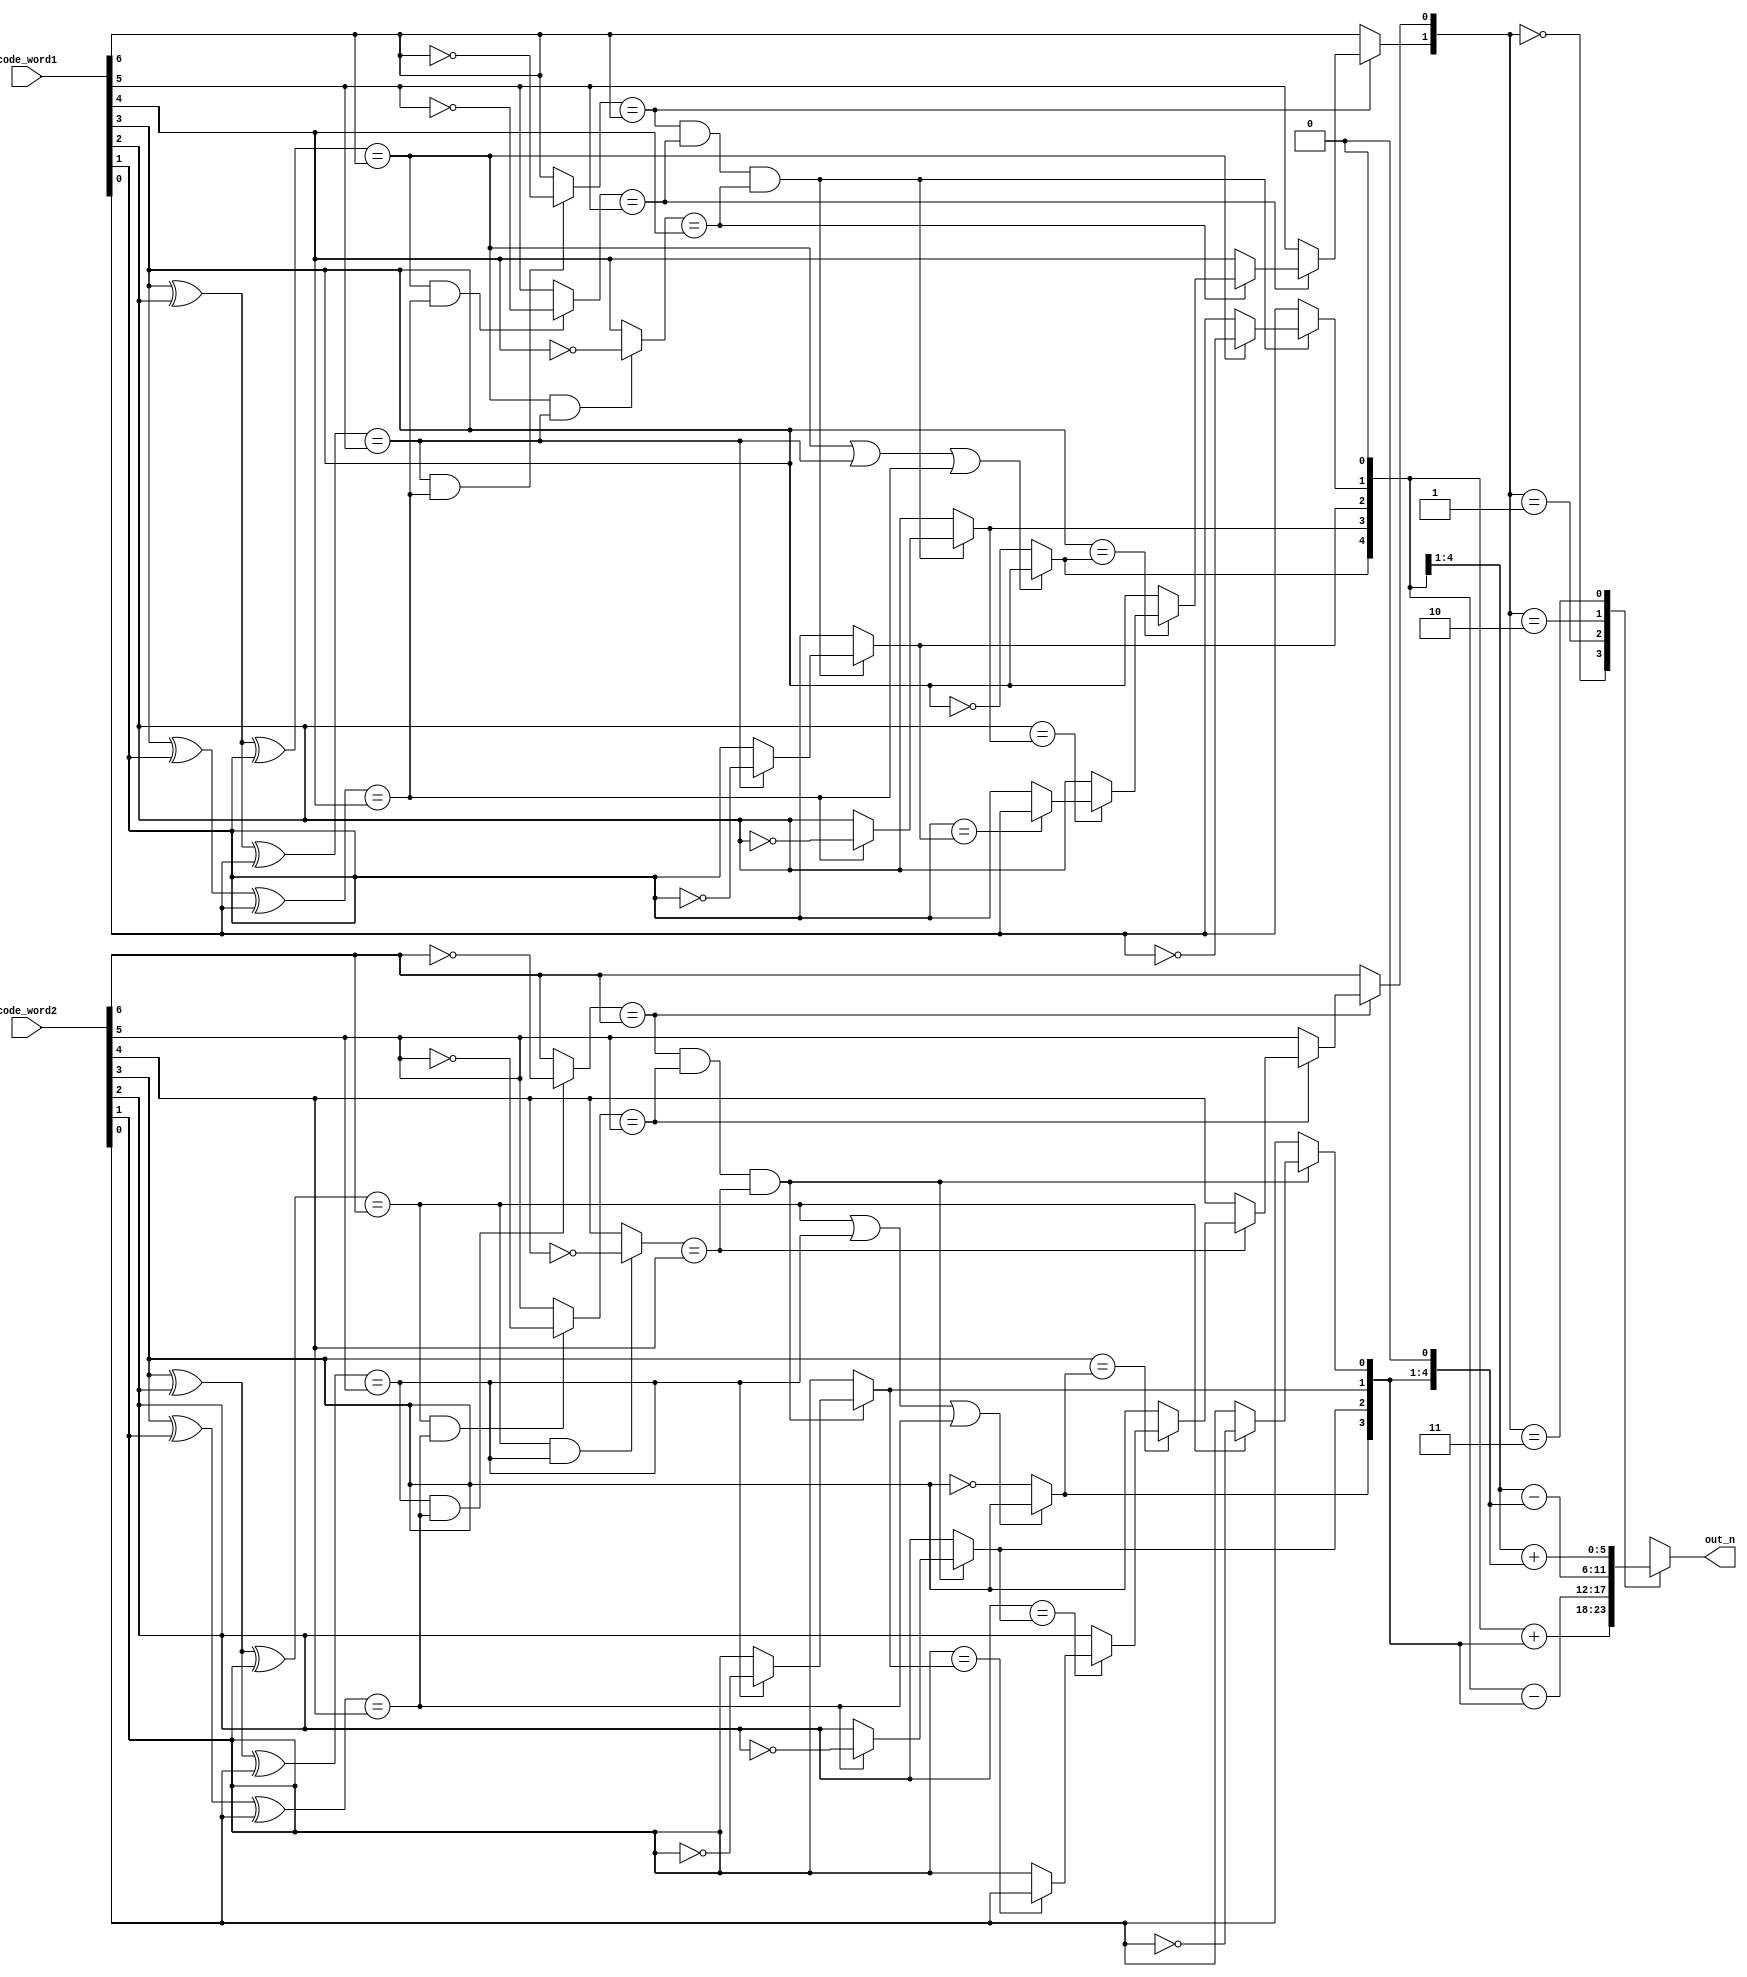
module HD(
    code_word1,
    code_word2,
    out_n
);
input[6:0] code_word1;
input[6:0] code_word2;
output reg signed[5:0] out_n;
//-------------------------------------------------------------

wire x1_1, x1_2, x1_3, x1_4 ;
wire x2_1, x2_2, x2_3, x2_4 ;
wire p1_1_detect, p1_2_detect, p1_3_detect ;
wire p2_1_detect, p2_2_detect, p2_3_detect ;
wire p1_1, p1_2, p1_3 ;
wire p2_1, p2_2, p2_3 ;
wire code1_or, code2_or ;
wire p1_and, p2_and ;
wire opt [1:0] ;
wire signed[3:0] c1, c2 ;



////////////////////////////////
//    code_word p_detect 
////////////////////////////////

assign p1_1_detect = code_word1[3] ^ code_word1[2] ^ code_word1[1] ;
assign p1_2_detect = code_word1[3] ^ code_word1[2] ^ code_word1[0] ;
assign p1_3_detect = code_word1[3] ^ code_word1[1] ^ code_word1[0] ;
assign p2_1_detect = code_word2[3] ^ code_word2[2] ^ code_word2[1] ;
assign p2_2_detect = code_word2[3] ^ code_word2[2] ^ code_word2[0] ;
assign p2_3_detect = code_word2[3] ^ code_word2[1] ^ code_word2[0] ;

////////////////////////////////
//    code1_or
////////////////////////////////
assign code1_or = (p1_1_detect == code_word1[6]) || (p1_2_detect == code_word1[5]) || (p1_3_detect == code_word1[4]) ;
assign code2_or = (p2_1_detect == code_word2[6]) || (p2_2_detect == code_word2[5]) || (p2_3_detect == code_word2[4]) ;

////////////////////////////////
//    p1_and
////////////////////////////////
assign p1_and = (p1_1 == code_word1[6]) & (p1_2 == code_word1[5]) & (p1_3 == code_word1[4]) ;
assign p2_and = (p2_1 == code_word2[6]) & (p2_2 == code_word2[5]) & (p2_3 == code_word2[4]) ;

////////////////////////////////
//    code_word1 x1~x4 correct
////////////////////////////////
assign x1_1 = (code1_or)? code_word1[3] : ~code_word1[3] ;
assign x1_2 = (p1_and)? ((p1_3_detect == code_word1[4])? ~code_word1[2] : code_word1[2]) : code_word1[2] ;
assign x1_3 = (p1_and)? ((p1_2_detect == code_word1[5])? ~code_word1[1] : code_word1[1]) : code_word1[1] ;
assign x1_4 = (p1_and)? ((p1_1_detect == code_word1[6])? ~code_word1[0] : code_word1[0]) : code_word1[0] ;

////////////////////////////////
//    code_wore2 x1~x4 detect
////////////////////////////////

assign x2_1 = (code2_or)? code_word2[3] : ~code_word2[3] ;
assign x2_2 = (p2_and)? ((p2_3_detect == code_word2[4])? ~code_word2[2] : code_word2[2]) : code_word2[2] ;
assign x2_3 = (p2_and)? ((p2_2_detect == code_word2[5])? ~code_word2[1] : code_word2[1]) : code_word2[1] ;
assign x2_4 = (p2_and)? ((p2_1_detect == code_word2[6])? ~code_word2[0] : code_word2[0]) : code_word2[0] ;

////////////////////////////////
//    code_word p_correct
////////////////////////////////

assign p1_1 = ((p1_2_detect == code_word1[5]) & (p1_3_detect == code_word1[4]))? ~code_word1[6] : code_word1[6] ; 
assign p1_2 = ((p1_1_detect == code_word1[6]) & (p1_3_detect == code_word1[4]))? ~code_word1[5] : code_word1[5] ; 
assign p1_3 = ((p1_1_detect == code_word1[6]) & (p1_2_detect == code_word1[5]))? ~code_word1[4] : code_word1[4] ; 
assign p2_1 = ((p2_2_detect == code_word2[5]) & (p2_3_detect == code_word2[4]))? ~code_word2[6] : code_word2[6] ; 
assign p2_2 = ((p2_1_detect == code_word2[6]) & (p2_3_detect == code_word2[4]))? ~code_word2[5] : code_word2[5] ; 
assign p2_3 = ((p2_1_detect == code_word2[6]) & (p2_2_detect == code_word2[5]))? ~code_word2[4] : code_word2[4] ;

////////////////////////////////
//            opt
////////////////////////////////

assign opt[0] = (p2_1 == code_word2[6])? ((p2_2 == code_word2[5])? ((p2_3 == code_word2[4])? ((code_word2[3] == x2_1)? ((code_word2[2] == x2_2)? ((code_word2[1] == x2_3)? code_word2[0] : code_word2[1]) : code_word2[2]) : code_word2[3]) : code_word2[4]) : code_word2[5]) : code_word2[6] ;  
assign opt[1] = (p1_1 == code_word1[6])? ((p1_2 == code_word1[5])? ((p1_3 == code_word1[4])? ((code_word1[3] == x1_1)? ((code_word1[2] == x1_2)? ((code_word1[1] == x1_3)? code_word1[0] : code_word1[1]) : code_word1[2]) : code_word1[3]) : code_word1[4]) : code_word1[5]) : code_word1[6] ; 

////////////////////////////////
//            calculate
////////////////////////////////

assign c1 = {x1_1, x1_2, x1_3, x1_4} ;
assign c2 = {x2_1, x2_2, x2_3, x2_4} ;

always @(*)
begin
    case({opt[1], opt[0]})
    2'd00: out_n = (c1<<1) + c2 ;
    2'd01: out_n = (c1<<1) - c2 ;
    2'd10: out_n = c1 - (c2<<1) ;
    2'd11: out_n = c1 + (c2<<1) ;
    endcase
end

endmodule